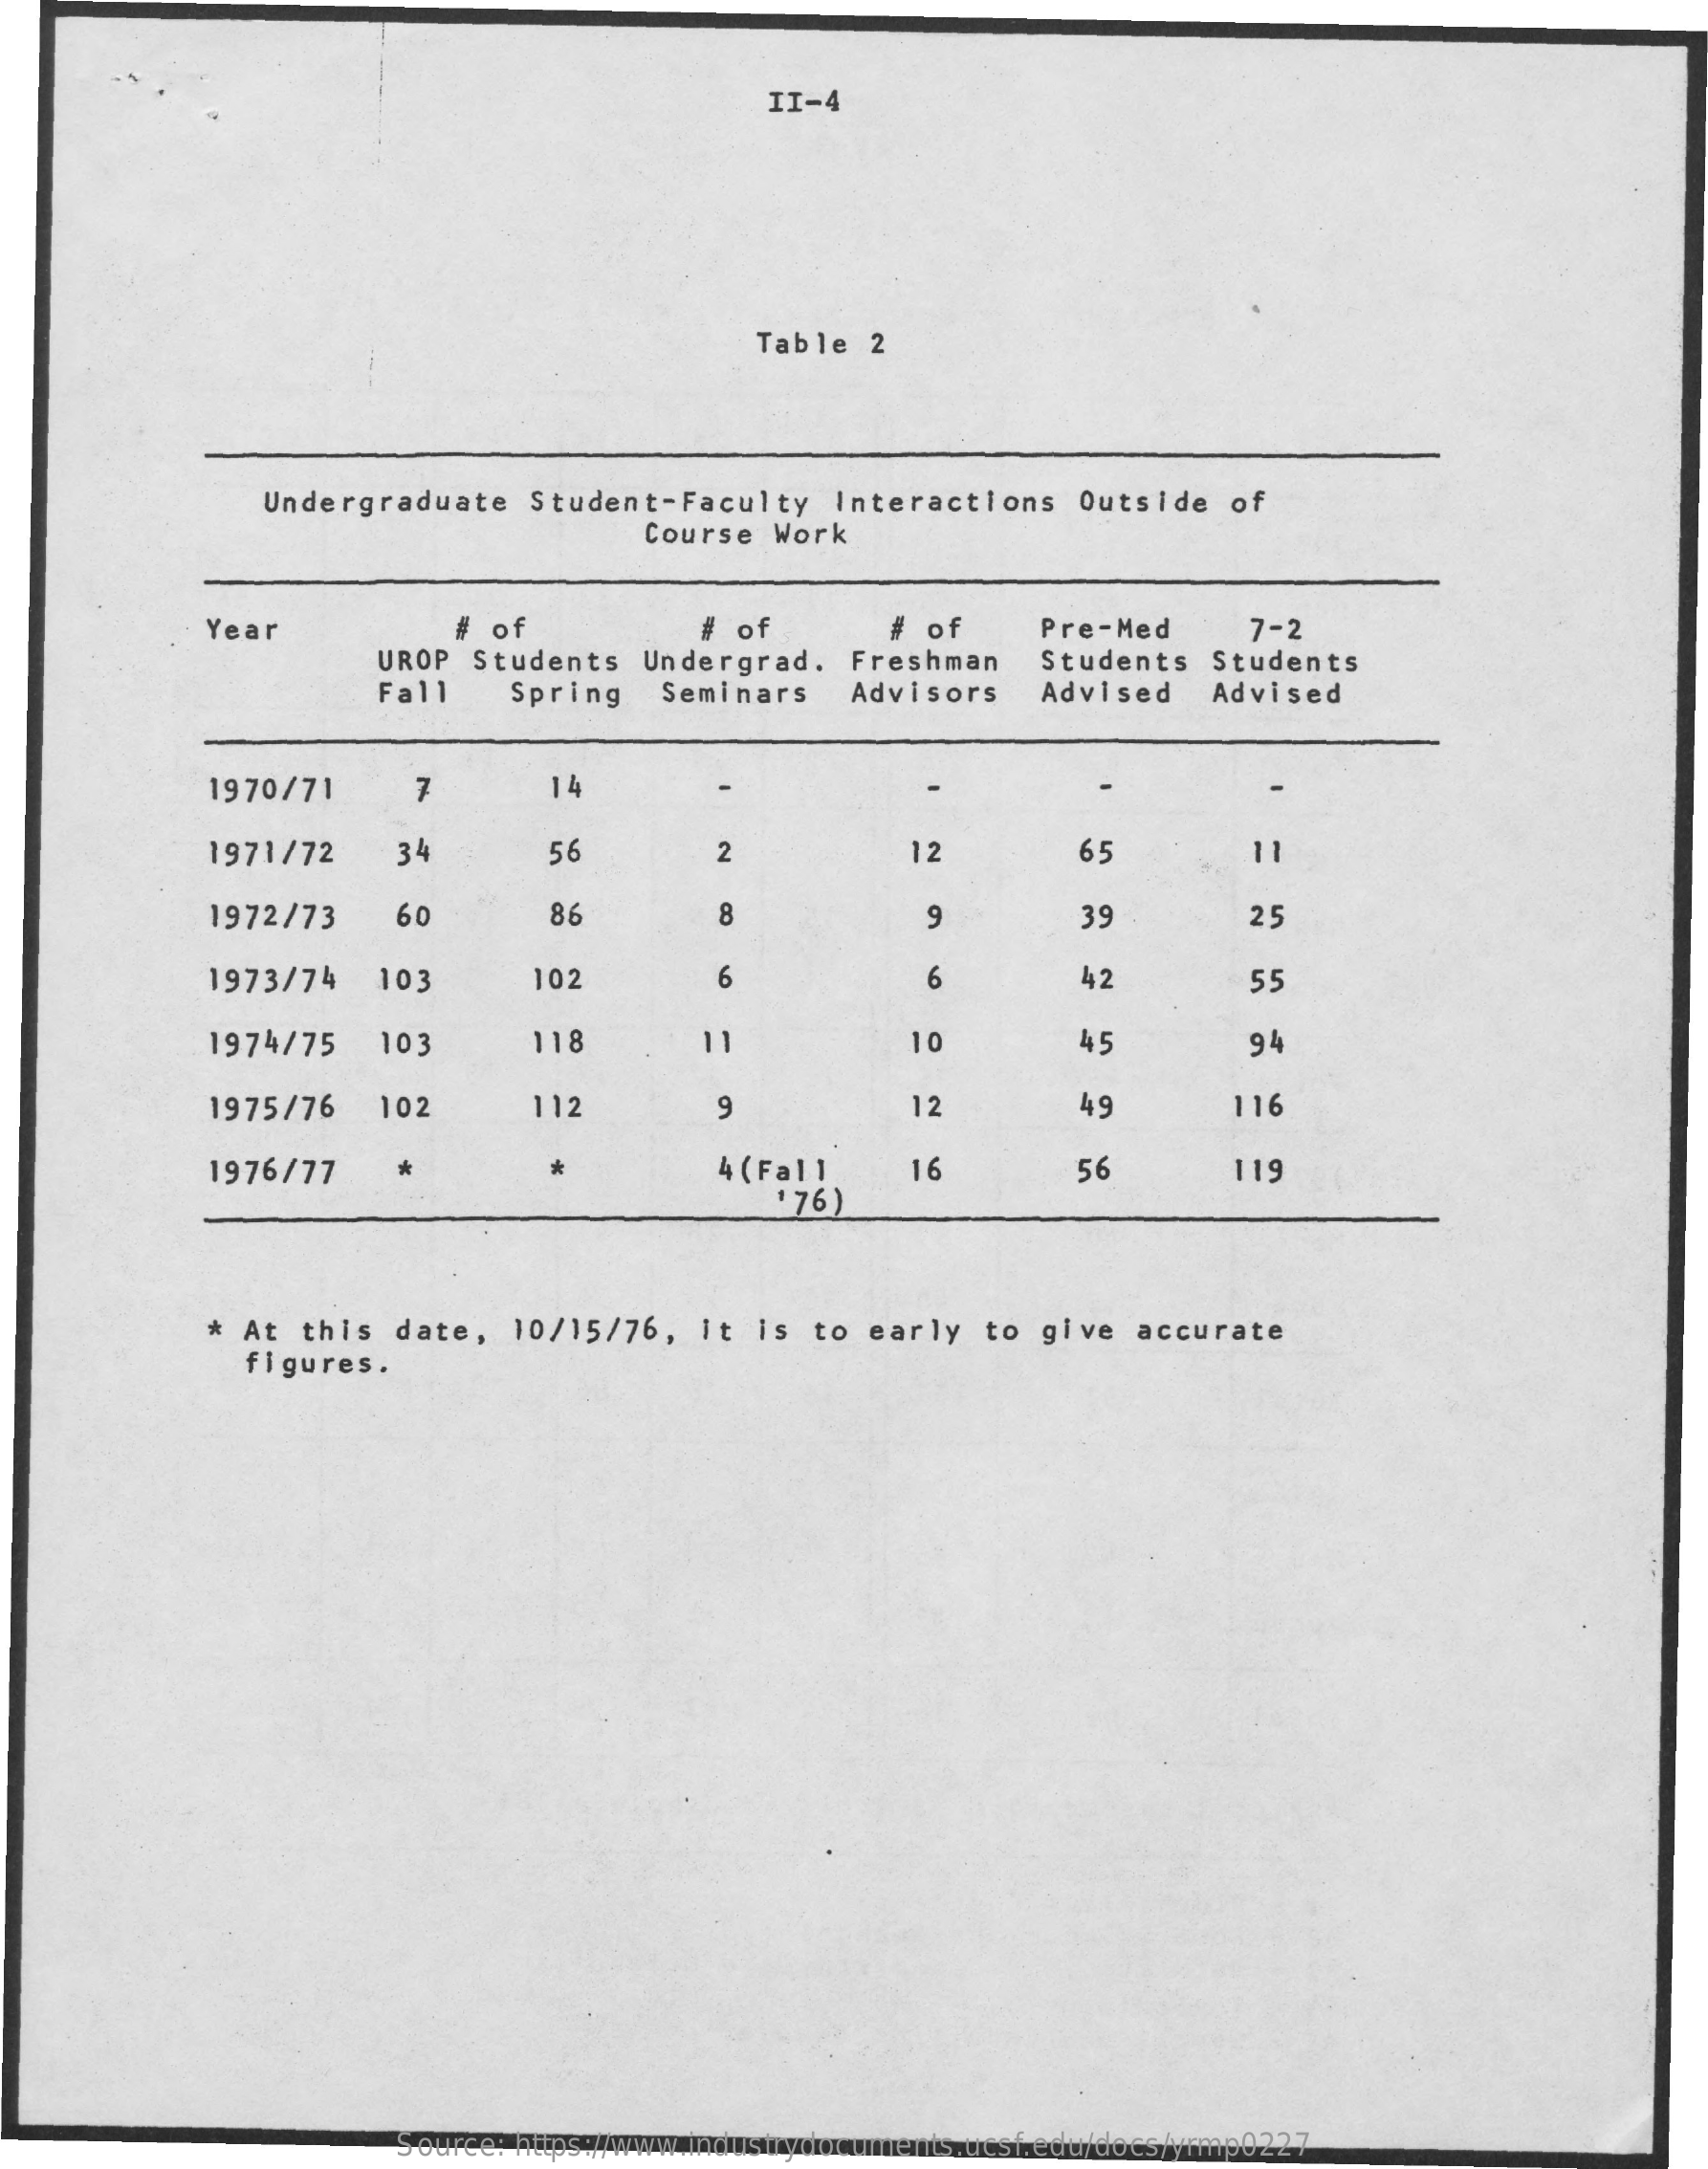
II-4
     Table  2
     Undergraduate    Student-Faculty    Interactions    Outside  of
     Course  Work
     Year    # of    #  of    # of    Pre-Med    7-2
     UROP   Students   Undergrad.   Freshman    Students  Students
     Fall    Spring    Seminars    Advisors    Advised   Advised
     1970/71    7    14
     1971/72    34    56    2    12    65    11
     1972/73    60    86    8    9    39    25
     1973/74    103    102    6    6    42    55
     1974/75    103    118
     =
     10    45    94
     1975/76    102    112    9    12    49    116
     1976/77    4 (Fall
     ' 76)
     16    56    119
     * At this   date,  10/15/76,   It  is to  early  to  give   accurate
     figures.
     Source: https://www.industrydocuments.ucsf.edu/docs/yrmp0227